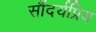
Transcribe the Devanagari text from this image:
सौंदर्यप्रिय